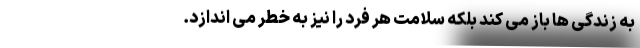
به زندگی ها باز می کند بلکه سلامت هر فرد را نیز به خطر می اندازد.